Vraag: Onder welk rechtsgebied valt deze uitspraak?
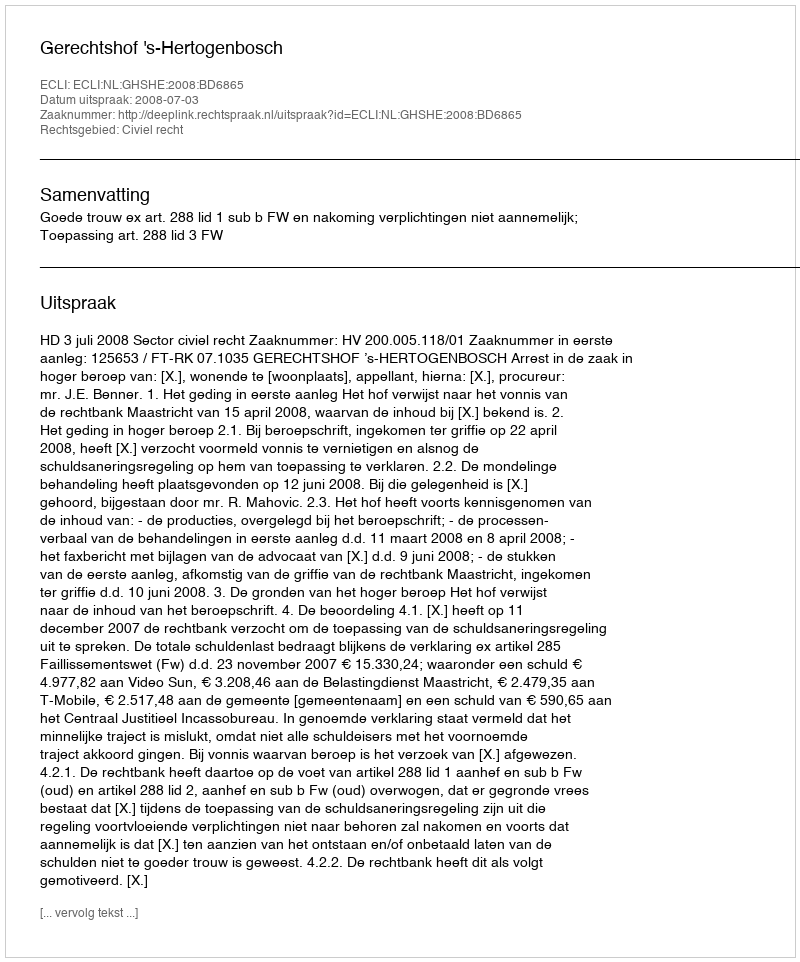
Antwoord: Civiel recht